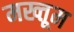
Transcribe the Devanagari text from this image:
मख्तूम